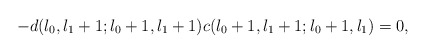
\begin{align*}-d(l_{0},l_{1}+1;l_{0}+1,l_{1}+1)c(l_{0}+1,l_{1}+1;l_{0}+1,l_{1})=0,\end{align*}